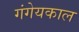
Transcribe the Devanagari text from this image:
गंगेयकाल